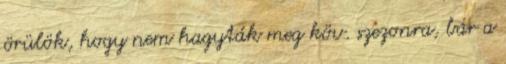
örülök, hogy nem hagyták meg köv. szezonra, bár a